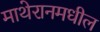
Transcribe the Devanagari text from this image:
माथेरानमधील